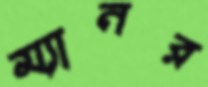
ম্যানর